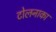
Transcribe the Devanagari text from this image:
टोलनाका